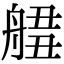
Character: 𦩙